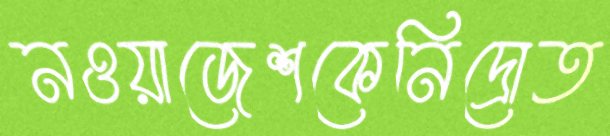
নওয়াজেশকেনিদ্রোত